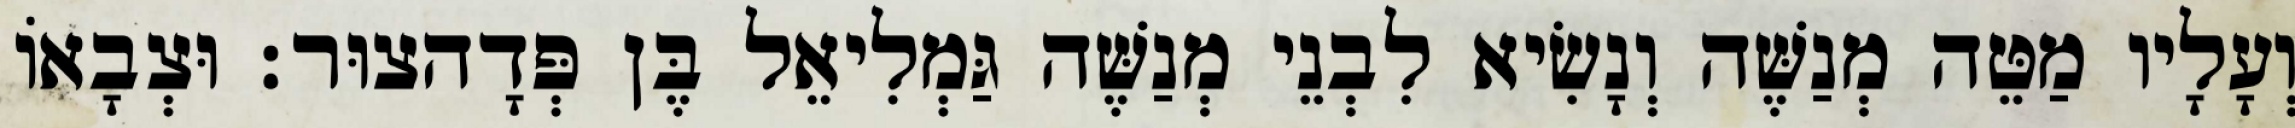
וְעָלָיו מַטֵּה מְנַשֶּׁה וְנָשִׂיא לִבְנֵי מְנַשֶּׁה גַּמְלִיאֵל בֶּן פְּדָהצוּר׃ וּצְבָאוֹ